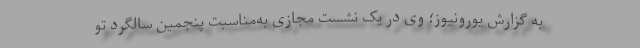
به گزارش یورونیوز؛ وی در یک نشست مجازی به‌مناسبت پنجمین سالگرد تو